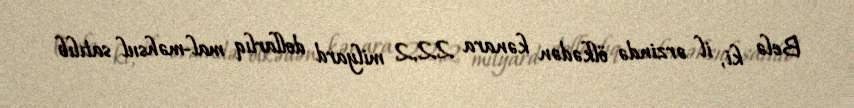
Belə ki, il ərzində ölkədən kənara 22,2 milyard dollarlıq mal-məhsul satılıb